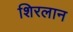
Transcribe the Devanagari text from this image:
शिरलान